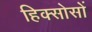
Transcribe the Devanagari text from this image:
हिक्सोसों